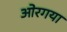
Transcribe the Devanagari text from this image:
ओरगया